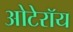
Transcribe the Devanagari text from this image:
ओटेरॉय